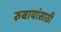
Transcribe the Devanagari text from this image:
रुबायांसाठी